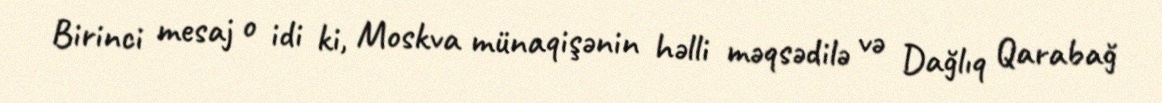
Birinci mesaj o idi ki, Moskva münaqişənin həlli məqsədilə və Dağlıq Qarabağ